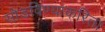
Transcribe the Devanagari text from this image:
सोडविण्‍याकरिता